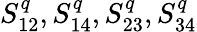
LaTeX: S_{12}^{q},S_{14}^{q},S_{23}^{q},S_{34}^{q}